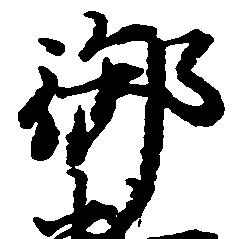
御